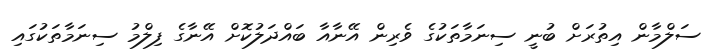
ސަލްމާން އިތުރަށް ބުނީ ސިނަމާތަކުގެ ވެރިން އޭނާއާ ބައްދަލުކޮށް އޭނާގެ ފިލްމު ސިނަމާތަކުގައި